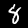
Label: 8